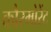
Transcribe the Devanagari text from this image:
कौरमोरेंट